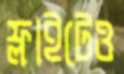
ফ্লাইটেও